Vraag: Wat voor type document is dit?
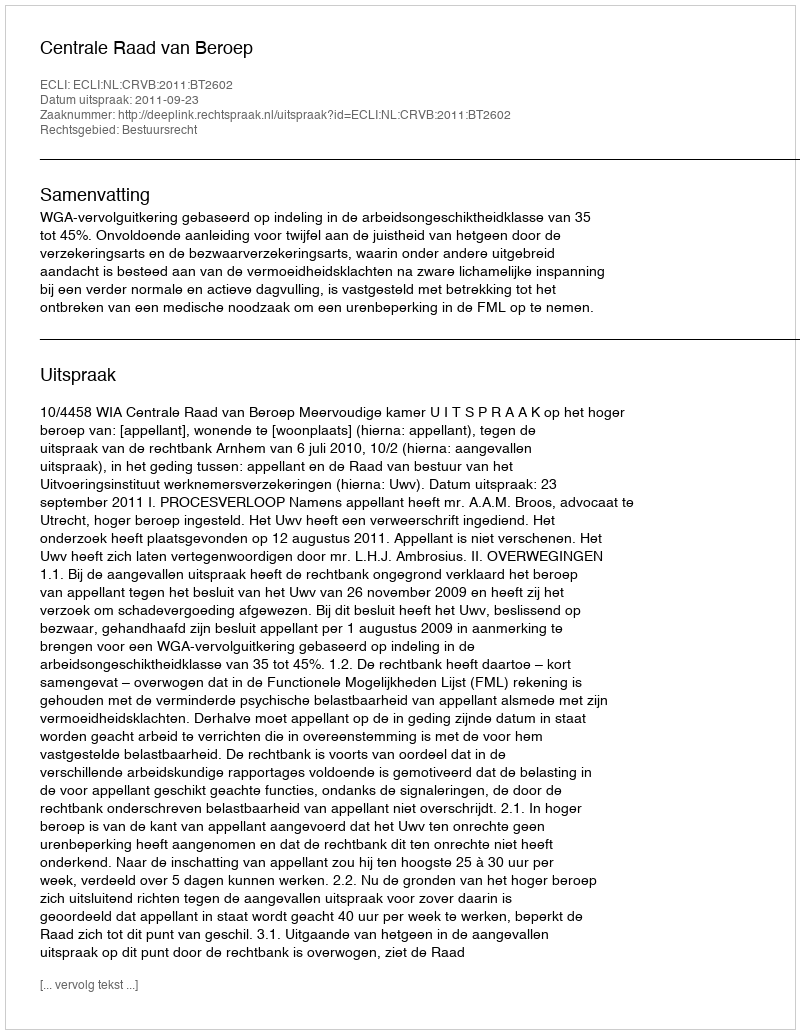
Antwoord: Uitspraak